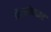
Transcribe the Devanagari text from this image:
औरसीपदार